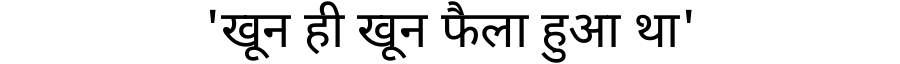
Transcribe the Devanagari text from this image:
'खून ही खून फैला हुआ था'